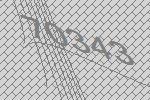
70343